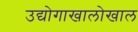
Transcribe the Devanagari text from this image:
उद्योगाखालोखाल